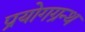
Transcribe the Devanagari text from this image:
प्रयोगग्रन्थ